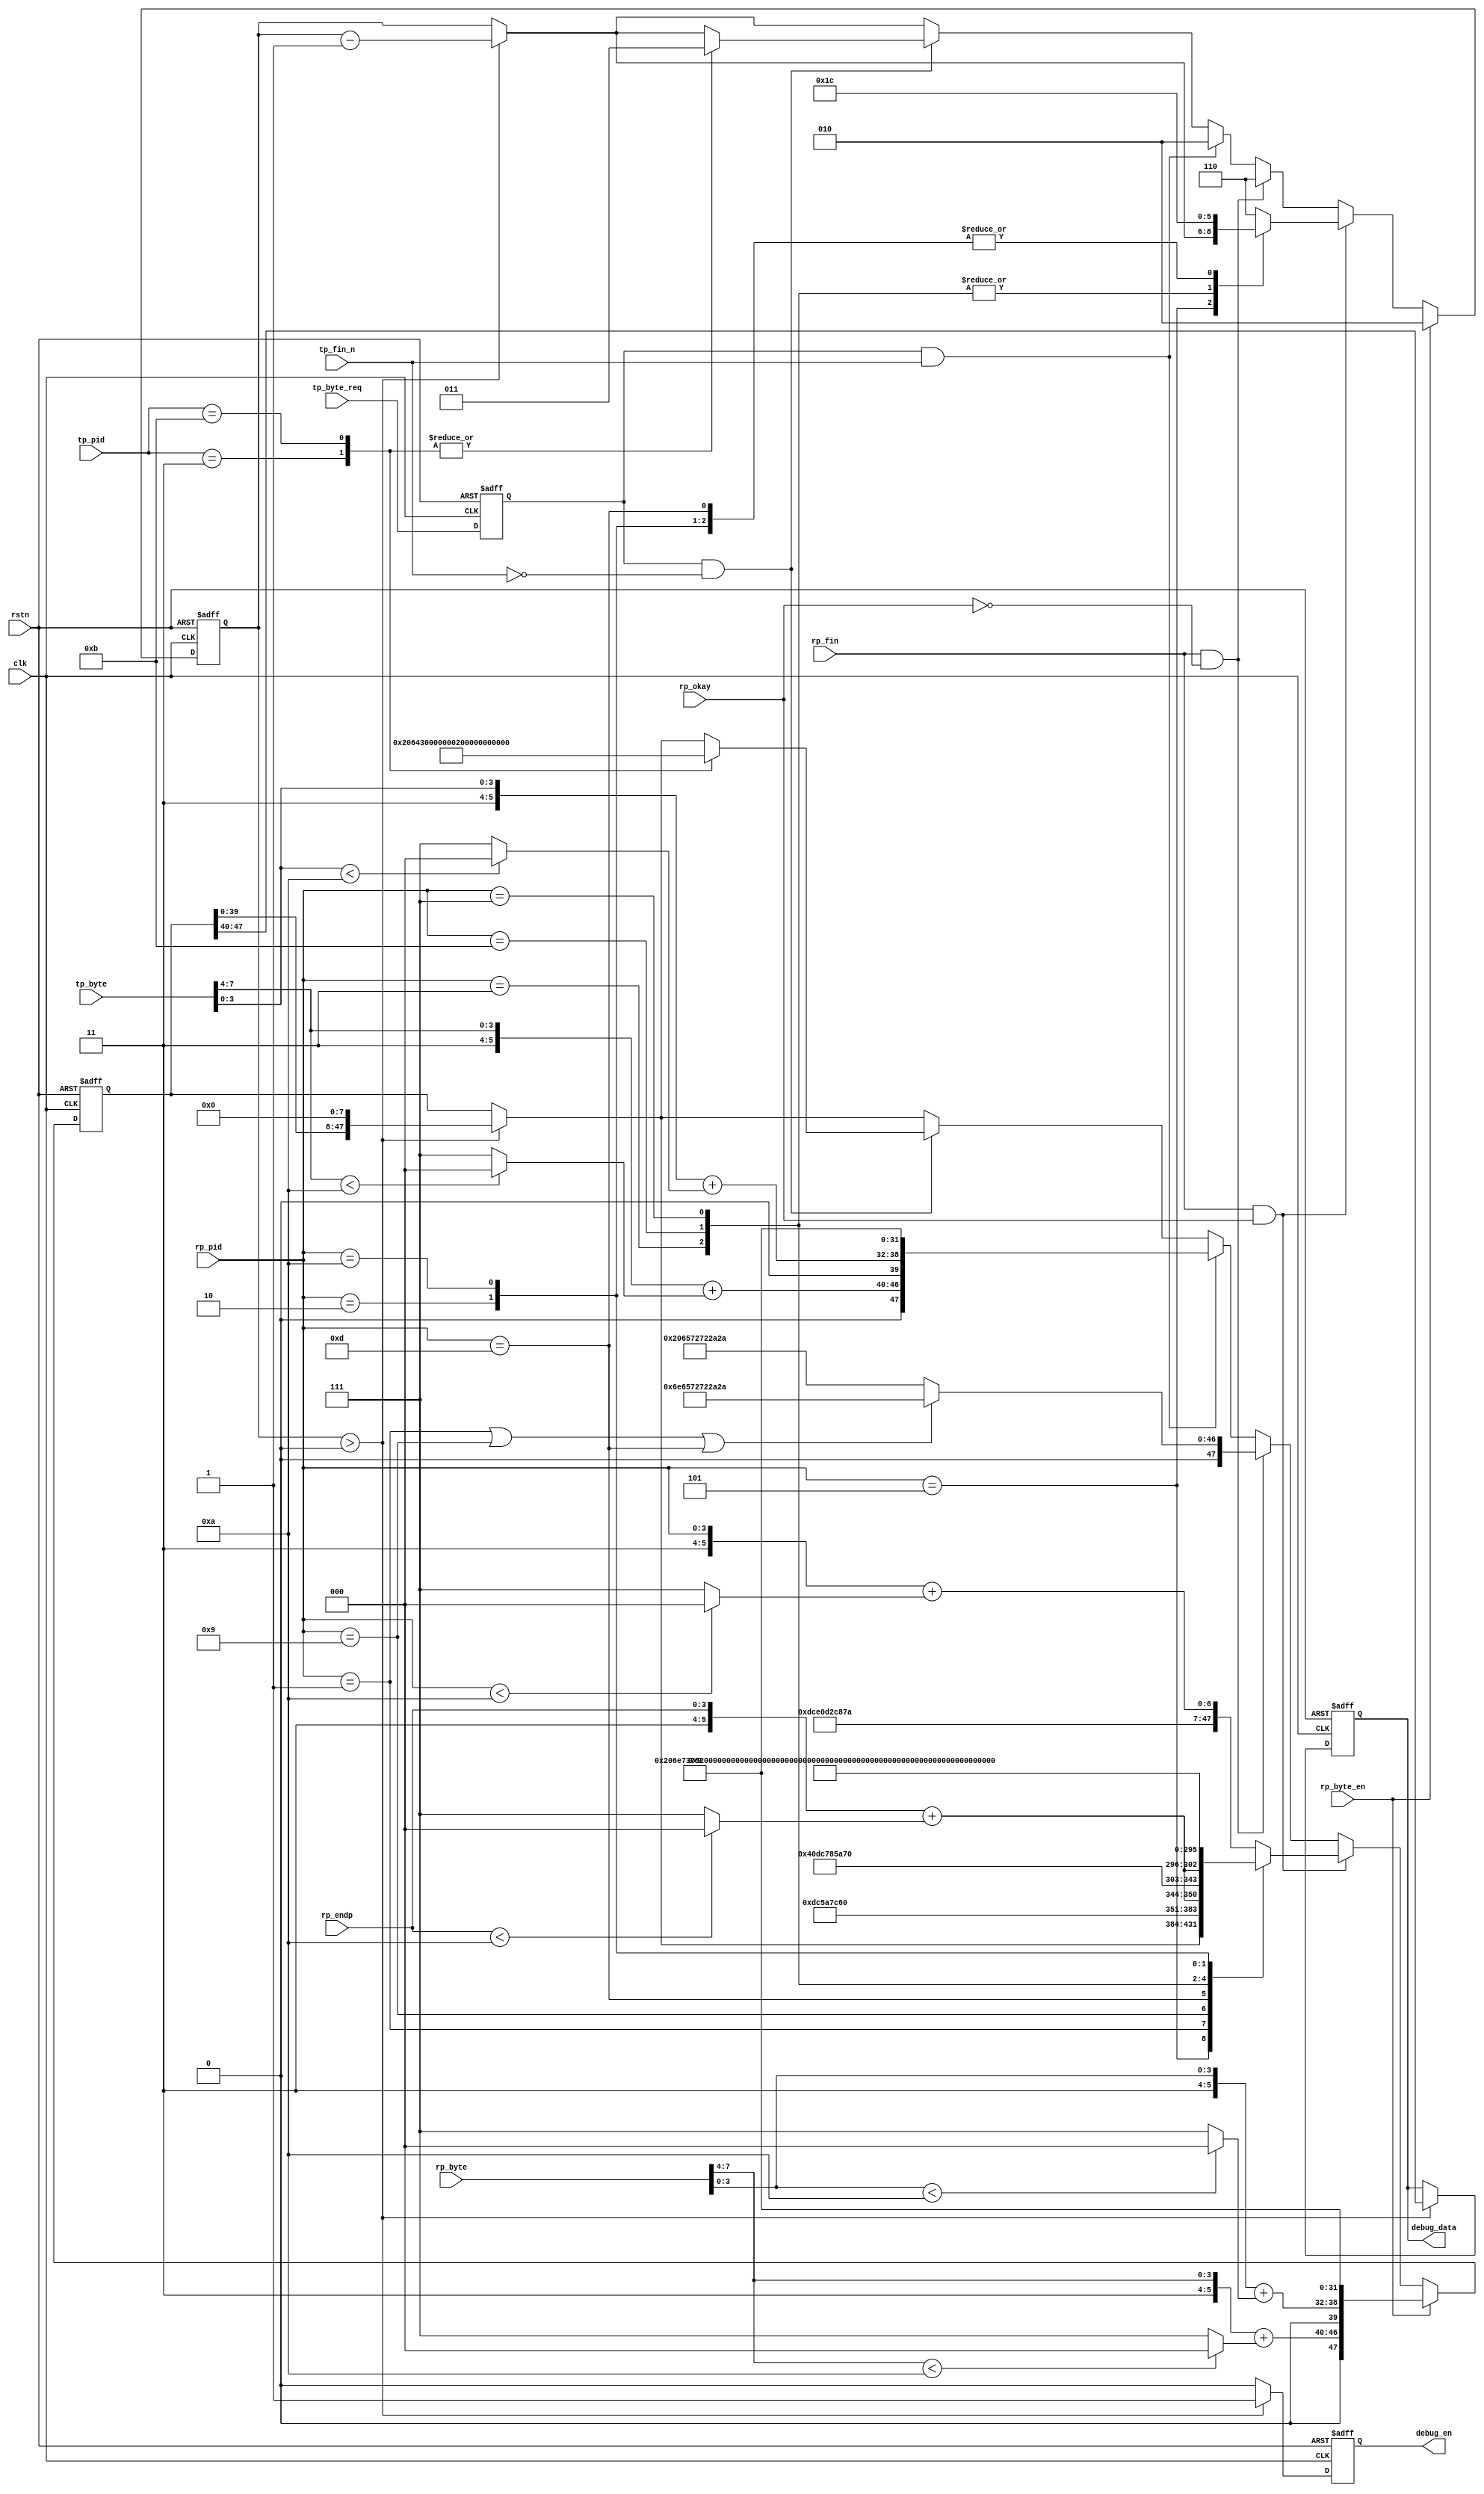
// This program was cloned from: https://github.com/WangXuan95/FPGA-USB-Device
// License: GNU General Public License v3.0


//--------------------------------------------------------------------------------------------------------
// Module  : usbfs_debug_monitor
// Type    : synthesizable, IP's sub module
// Standard: Verilog 2001 (IEEE1364-2001)
// Function: USB monitor : for printing debug info
//--------------------------------------------------------------------------------------------------------

module usbfs_debug_monitor (
    input  wire        rstn,
    input  wire        clk,
    // RX packet-level signals
    input  wire [ 3:0] rp_pid,
    input  wire [ 3:0] rp_endp,
    input  wire        rp_byte_en,
    input  wire [ 7:0] rp_byte,
    input  wire        rp_fin,
    input  wire        rp_okay,
    // TX packet-level signals
    input  wire [ 3:0] tp_pid,
    input  wire        tp_byte_req,
    input  wire [ 7:0] tp_byte,
    input  wire        tp_fin_n,
    // debug output info
    output reg         debug_en,
    output reg  [ 7:0] debug_data
);


initial debug_en   = 1'b0;
initial debug_data = 8'h0;


function  [7:0] hex2ascii;
    input [3:0] hex;
begin
    hex2ascii = {4'h3, hex} + ((hex<4'hA) ? 8'h0 : 8'h7) ;
end
endfunction



localparam [3:0] PID_OUT    = 4'h1;
localparam [3:0] PID_IN     = 4'h9;
localparam [3:0] PID_SETUP  = 4'hD;
localparam [3:0] PID_SOF    = 4'h5;
localparam [3:0] PID_DATA0  = 4'h3;
localparam [3:0] PID_DATA1  = 4'hB;
localparam [3:0] PID_DATA2  = 4'h7;  // unused in USB 1.1
//localparam [3:0] PID_MDATA  = 4'hF;  // unused in USB 1.1
localparam [3:0] PID_ACK    = 4'h2;
localparam [3:0] PID_NAK    = 4'hA;
//localparam [3:0] PID_STALL  = 4'hE;  // unused in this USB 1.1 device core
//localparam [3:0] PID_NYET   = 4'h6;  // unused in USB 1.1



reg [ 2:0] cnt = 3'h0;
reg [47:0] data;



task LoadSendData;
    input [ 2:0] _cnt;
    input [ 7:0] data0;
    input [ 7:0] data1;
    input [ 7:0] data2;
    input [ 7:0] data3;
    input [ 7:0] data4;
    input [ 7:0] data5;
begin
    cnt  <= _cnt;
    data <= {data0, data1, data2, data3, data4, data5};
end
endtask



reg        tp_byte_en = 1'b0;
always @ (posedge clk or negedge rstn)
    if (~rstn)
        tp_byte_en <= 1'b0;
    else
        tp_byte_en <= tp_byte_req;


always @ (posedge clk or negedge rstn)
    if (~rstn) begin
        cnt  <= 3'h0;
        data <= 48'h0;
        debug_en   <= 1'b0;
        debug_data <= 8'h0;
    end else begin
        debug_en   <= 1'b0;
        if (cnt > 3'd0) begin
            cnt  <= cnt - 3'd1;
            data <= (data << 8);
            debug_en   <= 1'b1;
            debug_data <= data[47:40];
        end
        
        if (rp_byte_en) begin                                                                            // RX a byte
            LoadSendData( 2 , hex2ascii(rp_byte[7:4]), hex2ascii(rp_byte[3:0]), 0, 0, 0, 0 );
        end else if (rp_fin &  rp_okay) begin                                                            // RX packet finish (without error)
            case(rp_pid)
                PID_SOF    : begin end // LoadSendData( 2 , "\n", "f", 0, 0, 0, 0 );                     // print nothing when receiving a SOF token
                PID_OUT    : LoadSendData( 6 , "\n", "-", ">", "0", hex2ascii(rp_endp), " " );
                PID_IN     : LoadSendData( 6 , "\n", "<", "-", "8", hex2ascii(rp_endp), " " );
                PID_SETUP  : LoadSendData( 4 , "\n", "s", "u", " ",  0 ,  0 );
                PID_DATA0  : LoadSendData( 3 , " ", "d", "0",  0 ,  0 ,  0  );
                PID_DATA1  : LoadSendData( 3 , " ", "d", "1",  0 ,  0 ,  0  );
                PID_DATA2  : LoadSendData( 3 , " ", "d", "2",  0 ,  0 ,  0  );
                PID_ACK    : LoadSendData( 4 , " ", "a", "c", "k",  0 ,  0  );
                PID_NAK    : LoadSendData( 4 , " ", "n", "a", "k",  0 ,  0  );
                default    : LoadSendData( 6 , "\n", "p", "i", "d", "=", hex2ascii(rp_pid) );            // normally a USB1.1 host will not send other PIDs, but here we still print it
            endcase
        end else if (rp_fin & ~rp_okay) begin                                                            // RX packet finish (with error)
            if ( rp_pid == PID_OUT || rp_pid == PID_IN || rp_pid == PID_SETUP )
                LoadSendData( 6, "\n", "e", "r", "r", "*", "*" );
            else
                LoadSendData( 6, " " , "e", "r", "r", "*", "*" );
        end else if (tp_byte_en &  tp_fin_n) begin                                                       // TX a byte
            LoadSendData( 2, hex2ascii(tp_byte[7:4]), hex2ascii(tp_byte[3:0]), 0, 0, 0, 0 );
        end else if (tp_byte_en & ~tp_fin_n) begin                                                       // TX packet finish
            case(tp_pid)
                PID_DATA0  : LoadSendData( 3 ,  " ", "d", "0",  0 ,  0 ,  0 );
                PID_DATA1  : LoadSendData( 3 ,  " ", "d", "1",  0 ,  0 ,  0 );
                //PID_ACK    : LoadSendData( 4 ,  " ", "a", "c", "k",  0 ,  0 );
                //PID_NAK    : LoadSendData( 4 ,  " ", "n", "a", "k",  0 ,  0 );
            endcase
        end
    end



endmodule